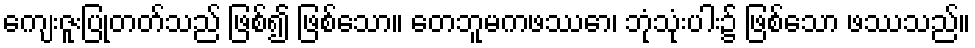
ကျေးဇူးပြုတတ်သည် ဖြစ်၍ ဖြစ်သော။ တေဘူမကဖဿော၊ ဘုံသုံးပါး၌ ဖြစ်သော ဖဿသည်။